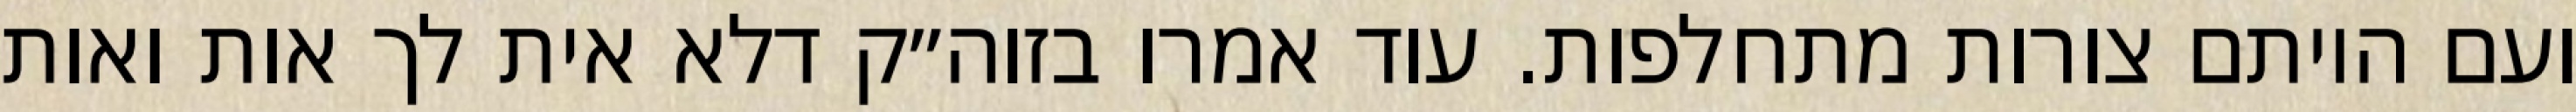
ועם היותם צורות מתחלפות. עוד אמרו בזוה״ק דלא אית לך אות ואות